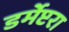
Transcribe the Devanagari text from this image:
डर्मेप्टरा